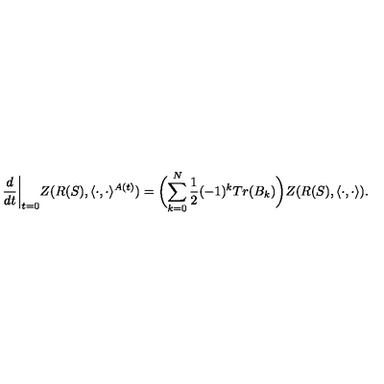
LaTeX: \frac { d } { d t } \biggl | _ { t = 0 } Z ( R ( S ) , \langle \cdot , \cdot \rangle ^ { A ( t ) } ) = \biggl ( \sum _ { k = 0 } ^ { N } \frac { 1 } { 2 } ( - 1 ) ^ { k } T r ( B _ { k } ) \biggr ) Z ( R ( S ) , \langle \cdot , \cdot \rangle ) .